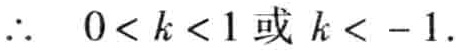
\(\therefore\ 0<k<1或k<-1.\)